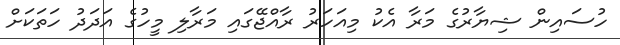
ހުސައިން ޝިޔާރުގެ މަރާ އެކު މިއަހަރު ރާއްޖޭގައި މަރާލި މީހުގެ އަދަދު ހަތަކަށް